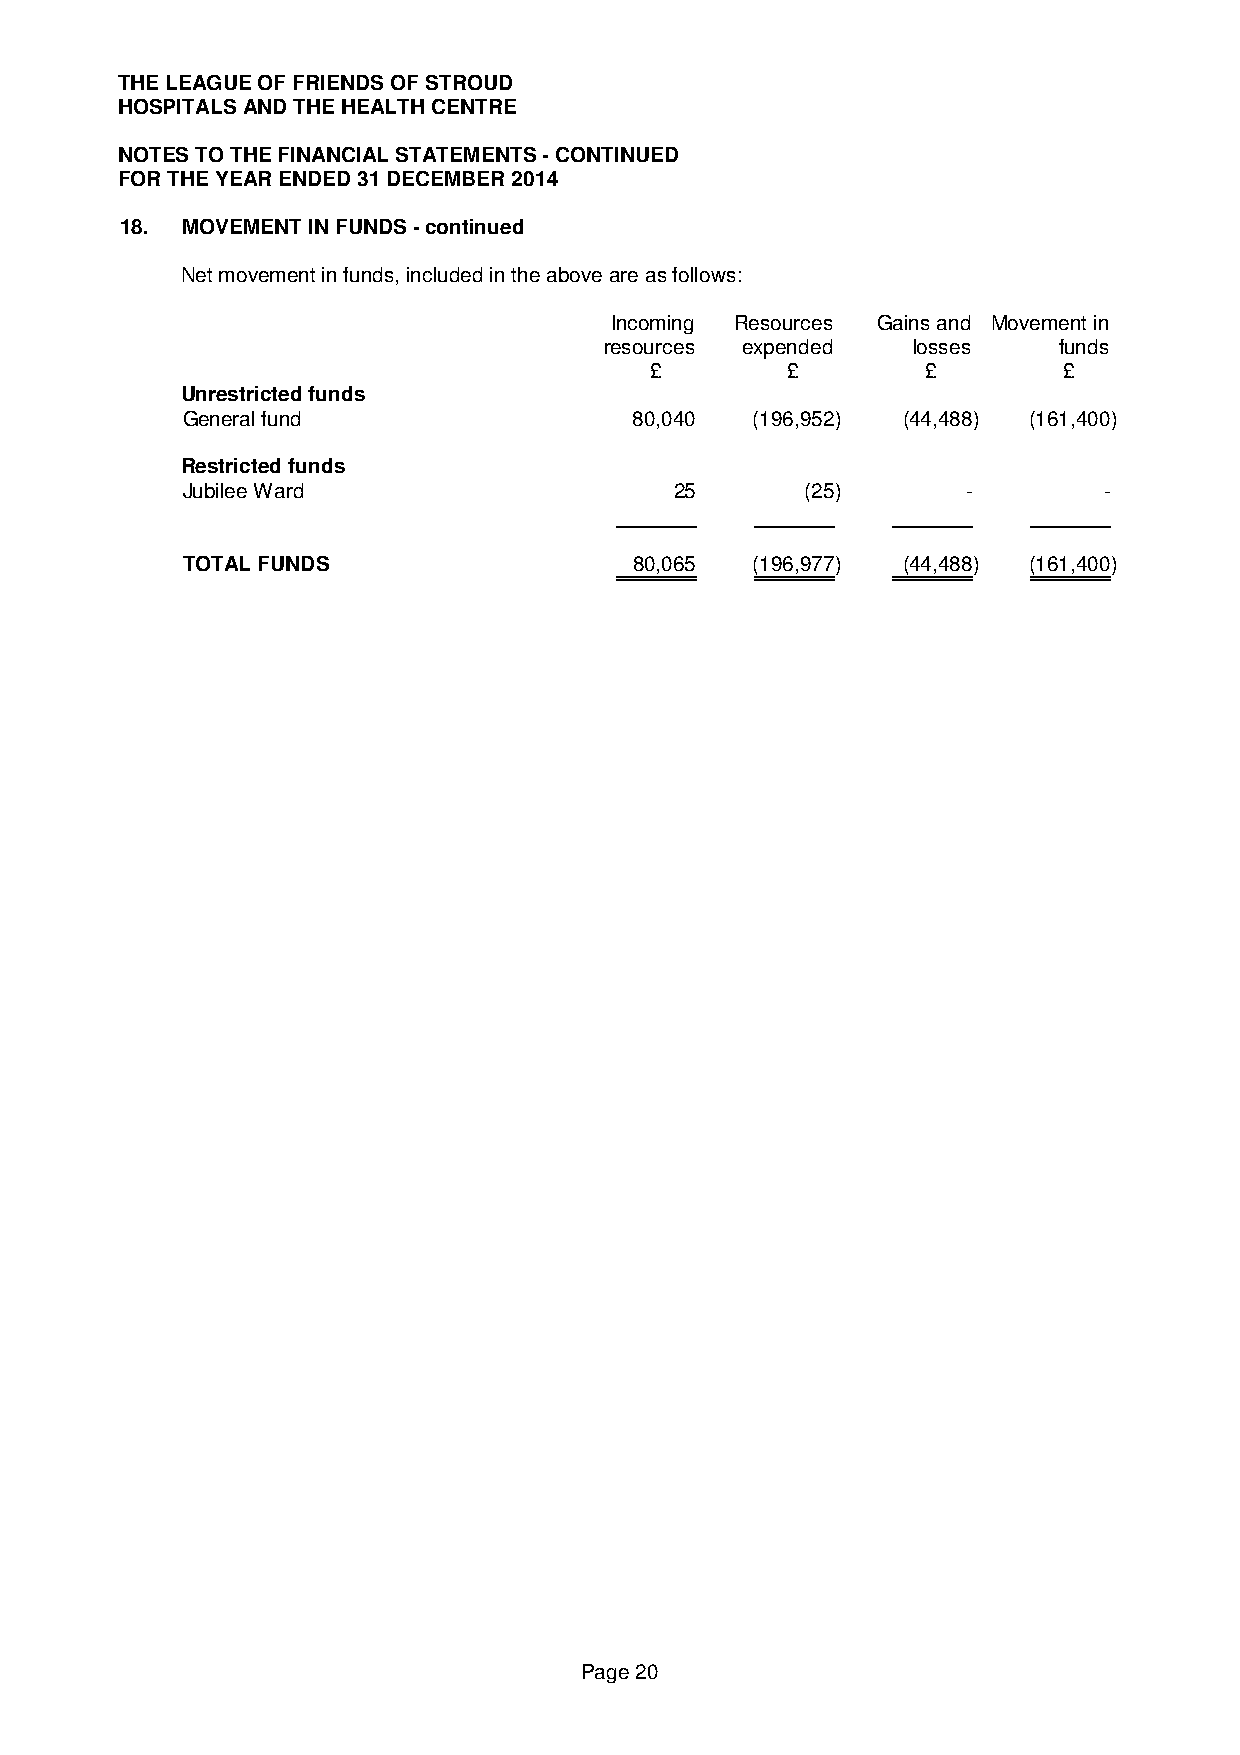
THE LEAGUE OF FRIENDS OF STROUD
 HOSPITALS AND THE HEALTH CENTRE
 NOTES TO THE FINANCIAL STATEMENTS - CONTINUED
 FOR THE YEAR ENDED 31 DECEMBER 2014
 18. MOVEMENT IN FUNDS - continued
 Net movement in funds, included in the above are as follows:
 Incoming Resources Gains and Movement in
 resources expended  losses    funds
 £        £        £        £
 Unrestricted funds
 General fund                  80,040  (196,952) (44,488) (161,400)
 Restricted funds
 Jubilee Ward                     25      (25)       -        -
 TOTAL FUNDS                   80,065  (196,977) (44,488) (161,400)
 Page 20